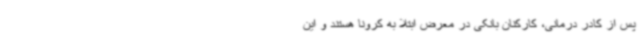
پس از کادر درمانی، کارکنان بانکی در معرض ابتلا به کرونا هستند و این